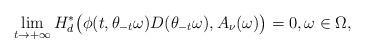
LaTeX: \begin{align*}\lim\limits_{t\rightarrow+\infty}H^{*}_d\big(\phi(t,\theta_{-t}\omega)D(\theta_{-t}\omega),A_\nu(\omega)\big)=0,\omega\in\Omega,\end{align*}